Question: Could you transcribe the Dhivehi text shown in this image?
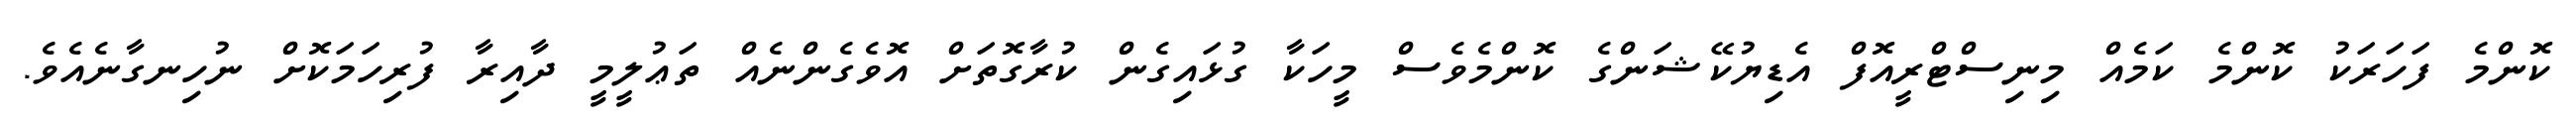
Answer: ކޮންމެ ފަހަރަކު ކޮންމެ ކަމެއް މިނިސްޓްރީއޮފް އެޑިޔުކޭޝަންގެ ކޮންމެވެސް މީހަކާ ގުޅައިގެން ކުރާގޮތަށް އޮވެގެންނެއް ތަޢުލީމީ ދާއިރާ ފުރިހަމަކޮށް ނުހިނގާނެއެވެ.